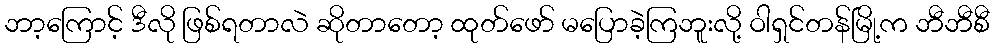
ဘာ့ကြောင့် ဒီလို ဖြစ်ရတာလဲ ဆိုတာတော့ ထုတ်ဖော် မပြောခဲ့ကြဘူးလို့ ဝါရှင်တန်မြို့က ဘီဘီစီ